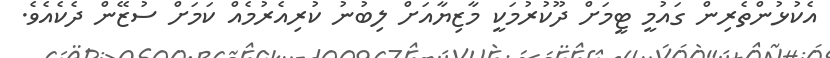
އެކުޅުންތެރިން ގައުމީ ޓީމަށް ދޫކުރުމަކީ މާޒިޔާއަށް ލިބުނު ކުރިއެރުމެއް ކަމަށް ސުޒޭން ދެކެއެވެ.